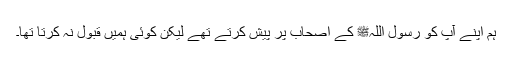
ہم اپنے آپ کو رسول اللہﷺ کے اصحاب پر پیش کرتے تھے لیکن کوئی ہمیں قبول نہ کرتا تھا۔